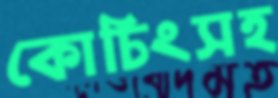
কোচিংসহ